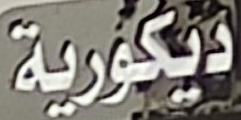
ديكورية